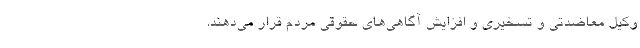
وکیل معاضدتی و تسخیری و افزایش آگاهی‌های حقوقی مردم قرار می‌دهند.